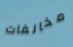
مخالفات